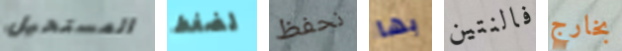
المستحيل لضغط نحفظ بها فالنتين بخارج